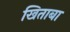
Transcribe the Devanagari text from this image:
खिताबा